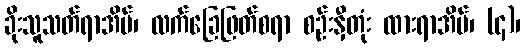
ခိုးသူသတ်ရာအိမ်၊ လက်ခြေဖြတ်စရာ စဉ်းနှီတုံး ထားရာအိမ်၊ (၄)၊